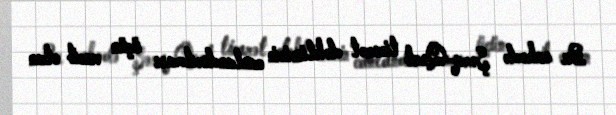
Bu sahədə Şərq-Qərb ticarət dəhlizinin canlandırılması üçün vacib olan